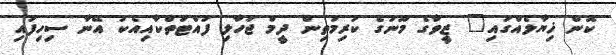
ކޮން ޚިޔާލެއްގައި" ޒީވާގެ މޫނުގެ ކުރިމަތިން ދީމް ޖަހާލި ފުއްޓަތްކާއިއެކު އޭނާ ސިހިފައި